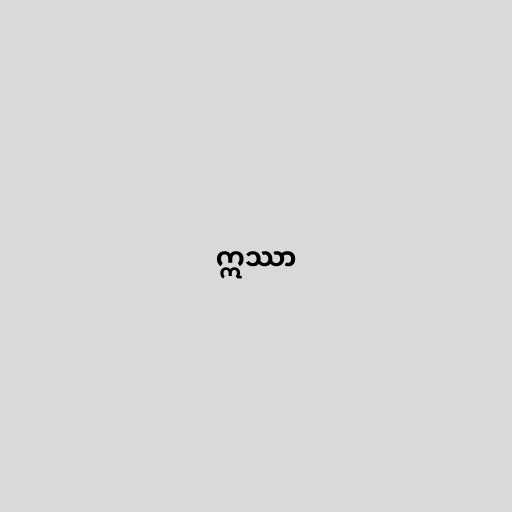
ဣဿာ